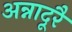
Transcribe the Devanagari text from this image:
अन्नादूरै